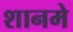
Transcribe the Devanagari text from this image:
शानमे